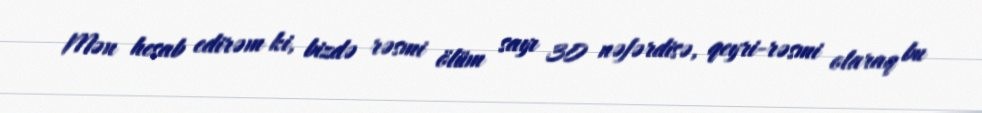
Mən hesab edirəm ki, bizdə rəsmi ölüm sayı 30 nəfərdisə, qeyri-rəsmi olaraq bu